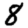
Digit: 8